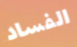
الفساد